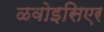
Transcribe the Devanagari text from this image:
ळवोइसिएर